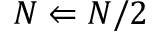
N \Leftarrow N / 2